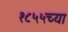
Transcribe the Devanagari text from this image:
१८५५च्या